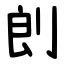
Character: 剆